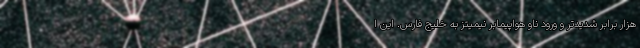
هزار برابر شدیدتر و ورود ناو هواپیمابر نیمیتز به خلیج فارس. این ا